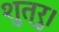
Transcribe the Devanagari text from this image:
शुत्रु।